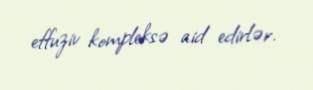
effuziv kompleksə aid edirlər.